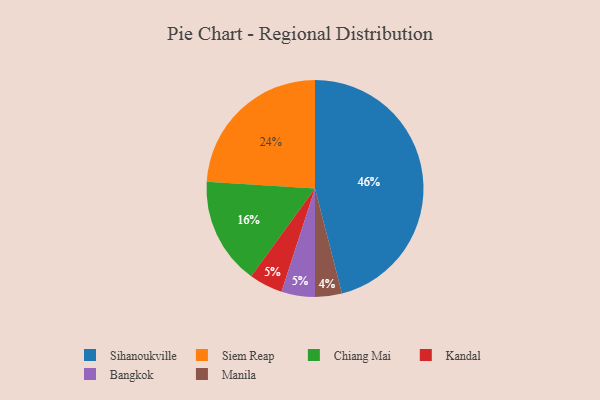
{"axis": {"x": "Category", "y": "Percentage"}, "legend": ["Bangkok", "Chiang Mai", "Kandal", "Manila", "Siem Reap", "Sihanoukville"], "data": [{"x": "Siem Reap", "y": 24, "type": "Siem Reap"}, {"x": "Chiang Mai", "y": 16, "type": "Chiang Mai"}, {"x": "Kandal", "y": 5, "type": "Kandal"}, {"x": "Manila", "y": 4, "type": "Manila"}, {"x": "Sihanoukville", "y": 46, "type": "Sihanoukville"}, {"x": "Bangkok", "y": 5, "type": "Bangkok"}]}